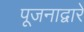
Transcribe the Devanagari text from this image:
पूजनाद्वारे